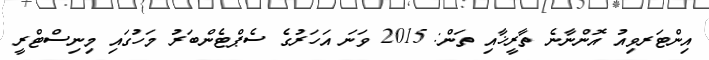
އިންޓަރވިއު އޮންނާނެ ތާރީޚާއި ތަން: 2015 ވަނަ އަހަރުގެ ސެޕްޓެންބަރު މަހުގައި މިނިސްޓްރީ